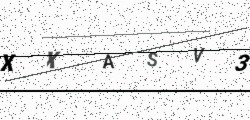
Text: XXASV3